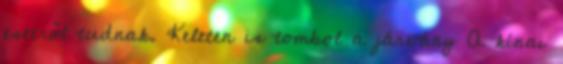
esetről tudnak. Keleten is tombol a járvány A kínai